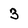
Character: 3